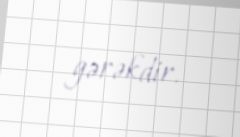
gərəkdir.